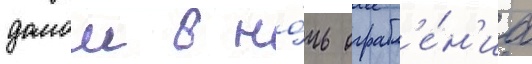
домои в но́чь ограбл'е́н'иа